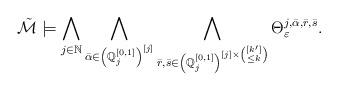
LaTeX: \begin{gather*}\tilde{\mathcal{M}} \models \bigwedge_{j \in \mathbb{N} } \bigwedge_{\bar{\alpha} \in \left( \mathbb{Q}^{[0,1]}_j\right)^{[j]} } \bigwedge_{\bar{r}, \bar{s} \in \left( \mathbb{Q}^{[0,1]}_j\right)^{[j] \times \binom{[k']}{\leq k} }} \Theta^{j, \bar{\alpha}, \bar{r}, \bar{s}}_{\varepsilon}.\end{gather*}